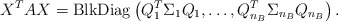
\begin{align*} X^TAX = {\rm BlkDiag}\left( Q_1^T\Sigma_1Q_1, \ldots, Q_{n_B}^T\Sigma_{n_B}Q_{n_B} \right).\end{align*}